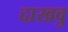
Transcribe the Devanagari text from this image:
दाखवु